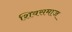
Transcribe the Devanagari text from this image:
शिवसमाज